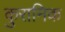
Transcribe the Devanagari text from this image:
कुरानिक